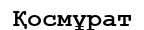
Қосмұрат